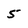
Character: 5